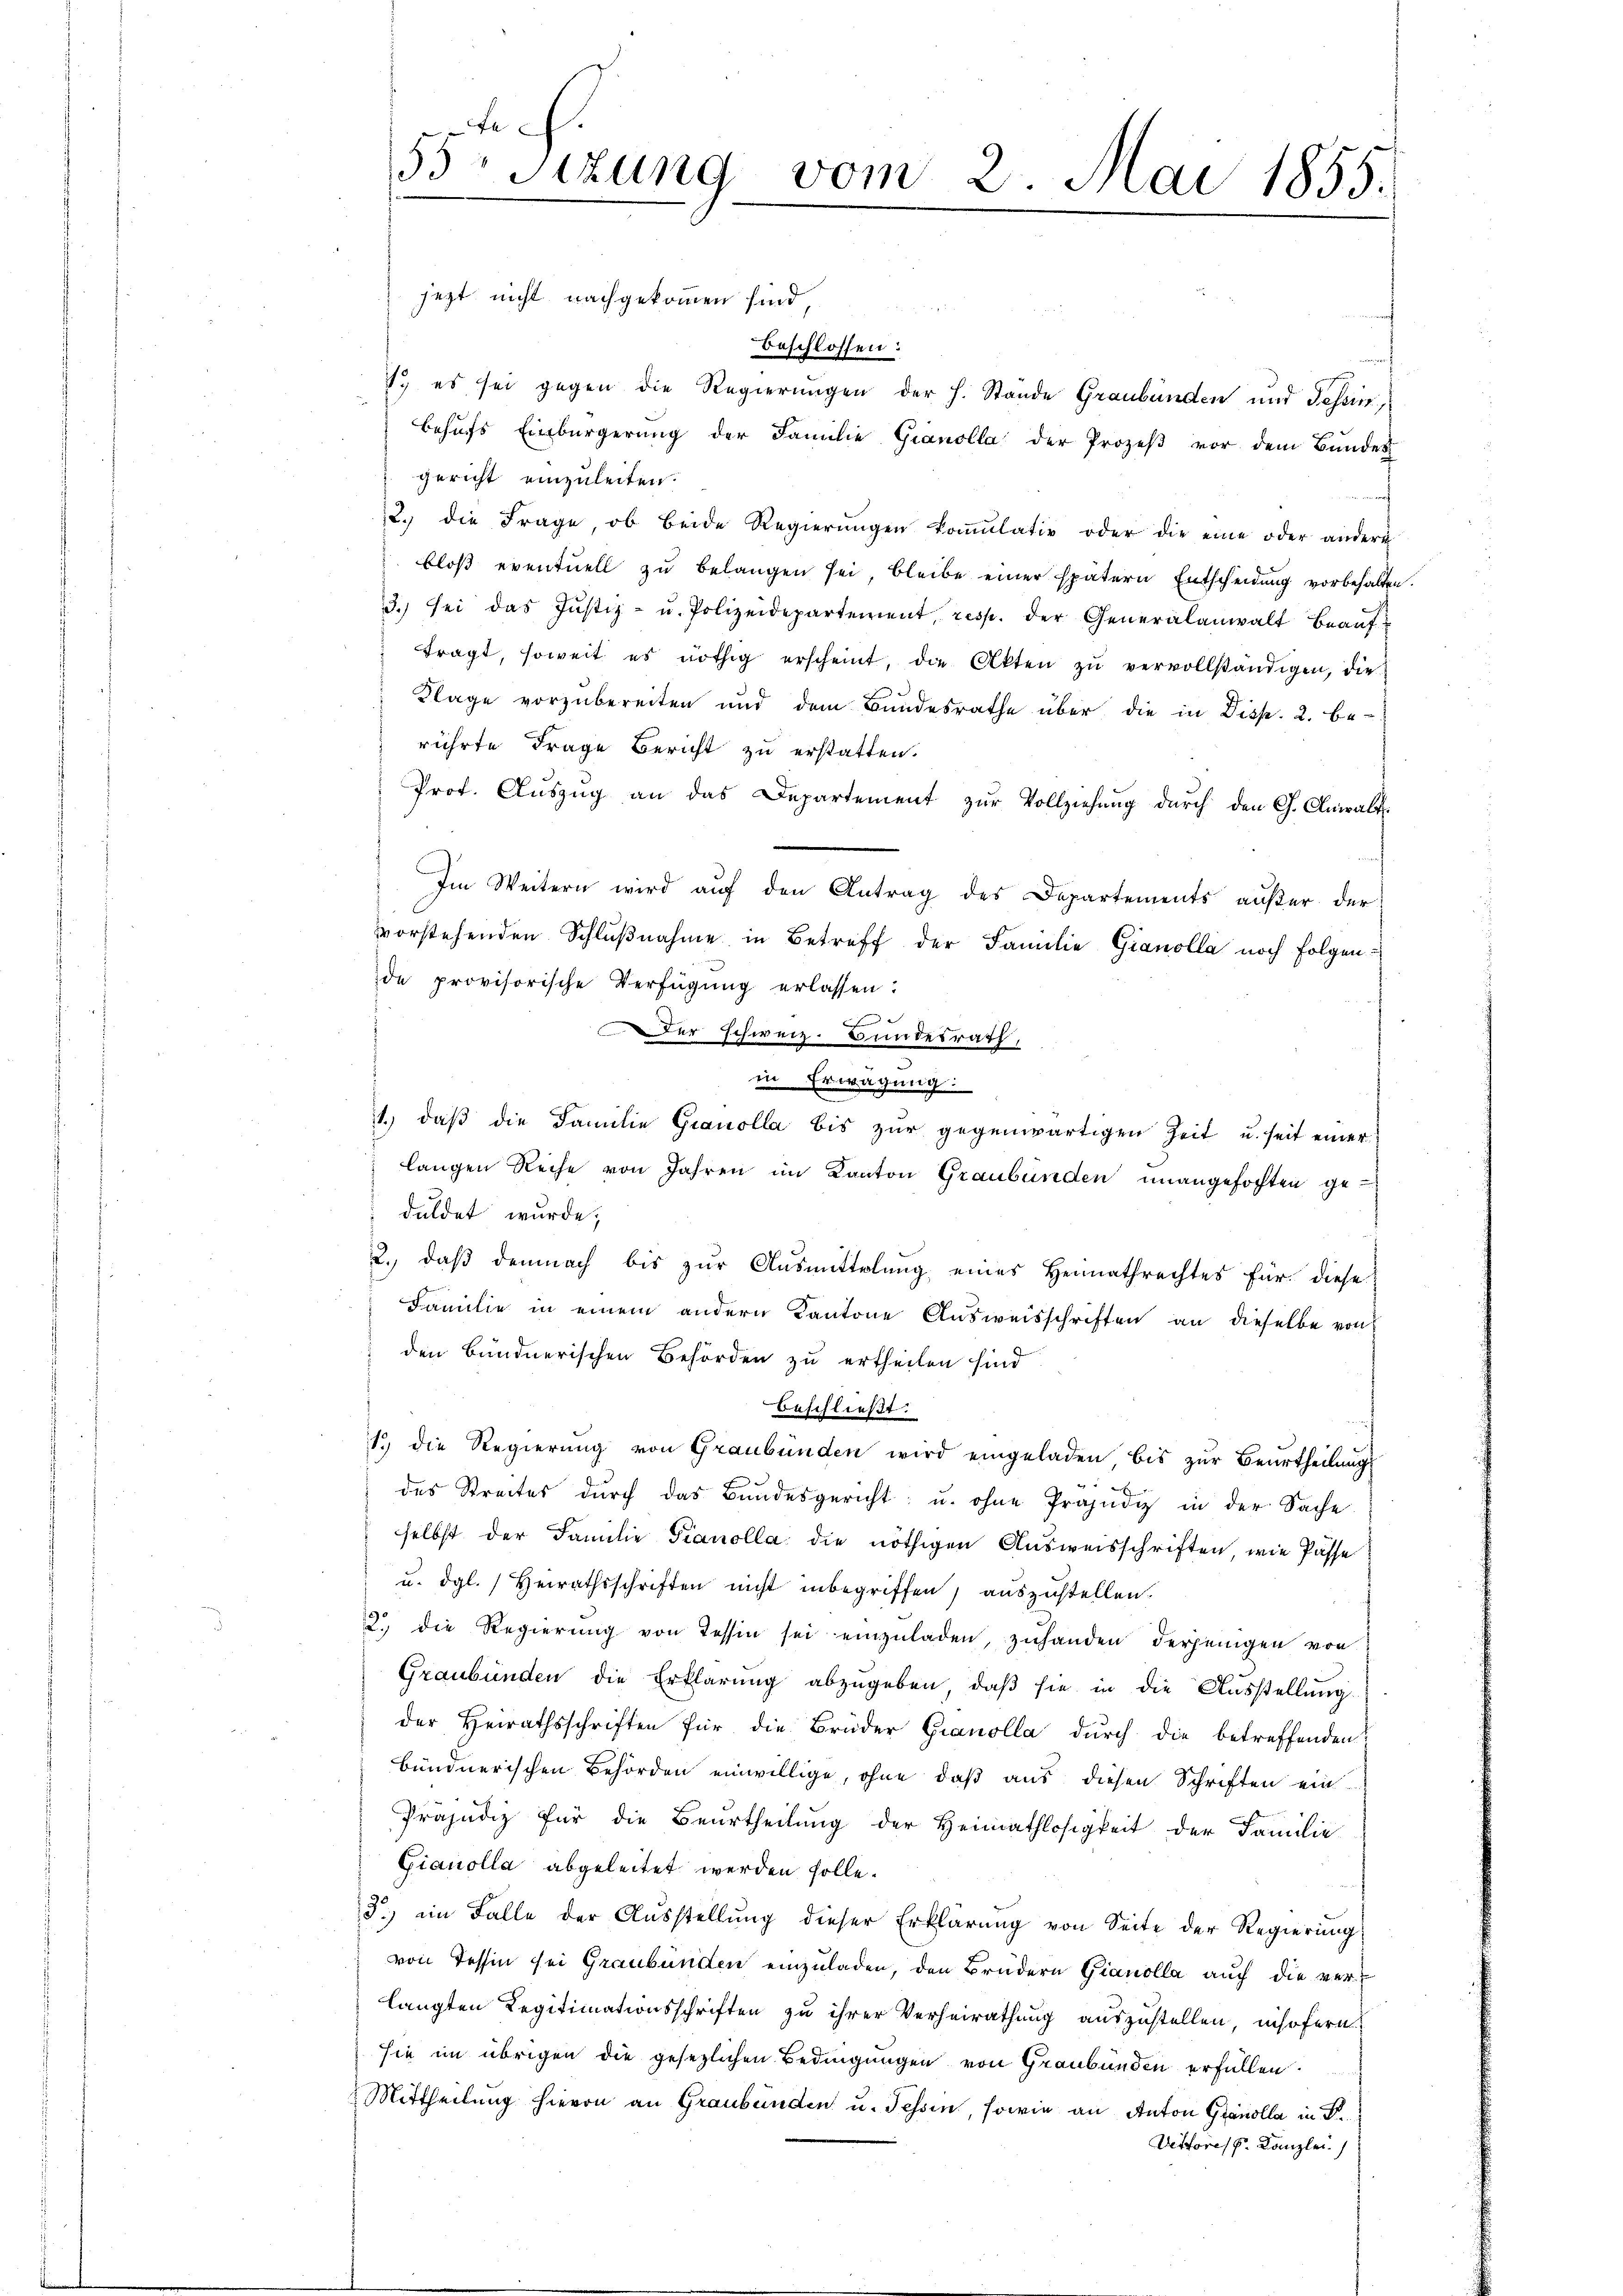
ch.
53 sizung vom 2. Mai 1855.

jezt nicht nachgekommen sind
beschlossen:
1. es sei gegen die Regierungen der h. Stande Graubünden und Tessir,
behufs Einbürgerung der Familie Gianolla der Prozeß vor dem Bundes
gericht einzuleiten.
22. die Frage ob beide Regierŭngen koṁŭlativ oder die eine oder andere
bloβ eventuell zŭ belangen sei, bleibe einer spätern Entscheidung vorbehalten.
3. sei das Justiz- u. Polizeidepartement, resp. der Generalanwalt beaŭf
tragt, soweit es nöthig erscheint, die Akten zŭ vervollständigen, die
 Klage vorzubereiten und dem Bundesrathe über die in Disp. 2. be-
rührte Frage Bericht zu erstatten.
Prof. Aŭszŭg an das Departement zŭr Vollziehung durch den Ch. Anwalt
Im Weitern wird aŭf den Antrag des Departements außer der
vorstehenden Schlŭβnahme in Betreff der Familie Gianolla noch Folgen-
de provisorische Verfügŭng erlassen:
Der Schweiz. Bundesrath,
in Erwägung:
1.) daß die Familie Grauolla bis zur gegenwärtigen Zeit u. seit einer
langen Reihe von Jahren im Kanton Graubünden unangefochten ge-
duldet wurde;
2. daß demnach bis zur Ausmittelung eines Heimathrechtes für diese
Familie in einem andern Kantone Ausweisschriften an dieselbe von
 den Bundnerischen Behörden zu ertheilen sind
beschließt:
1. die Regierung von Graubünden wird eingeladen, bis zur Beurtheilung
des Streites dŭrch das Bundesgericht u. ohne Präjudiz in der Sache
selbst der Familie Pianolla die nöthigen Ausweisschriften, wie Pässe
u. dgl. Heirathsschriften nicht inbegriffen, auszustellen.
2. die Regierŭng von Tessin sei einzŭladen, zuhanden derjenigen von
Graubünden die Erklärung abzugeben, daß sie in die Ausstellung
der Heirathsschriften für die Brüder Granolla durch die betreffenden
bündnerischen Behörden einwillige, ohne daß aus diesen Schriften ein
Präjudiz für die Beurtheilung der Heimathlosigkeit der Familie
Gianolla abgeleitet werden solle.
5.) ein Falle der Ausstellung dieser Erklärung von Seite der Regierung
von Tessin sei Graubünden einzuladen, den Brüdern Gianolla auch die verlangten Regitimationsschriften zu ihrer Verheirathung auszustellen, insofern
sie im übrigen die gesezlichen Bedingungen von Graubünden erfüllen.
Mittheilung hievon an Graubünden u. Tessin, sowie an Anton Granolla in Dr.
Vittores k. Kanzlei